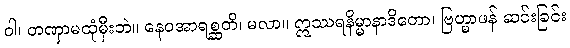
ဝါ၊ တဏှာမထုံမှီးဘဲ။ နေဝအာရစ္ဆတိ၊ မလာ။ ဣဿရနိမ္မာနာဒိတော၊ ဗြဟ္မာဖန် ဆင်းခြင်း